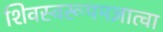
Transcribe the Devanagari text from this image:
शिवस्वरूपमज्ञात्वा